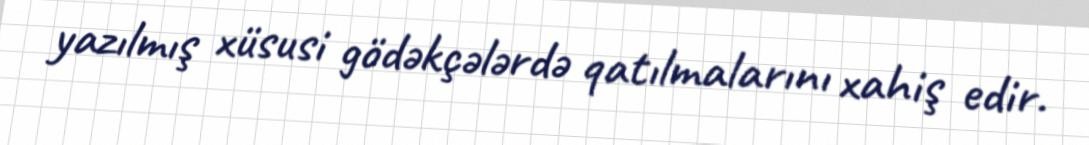
yazılmış xüsusi gödəkçələrdə qatılmalarını xahiş edir.